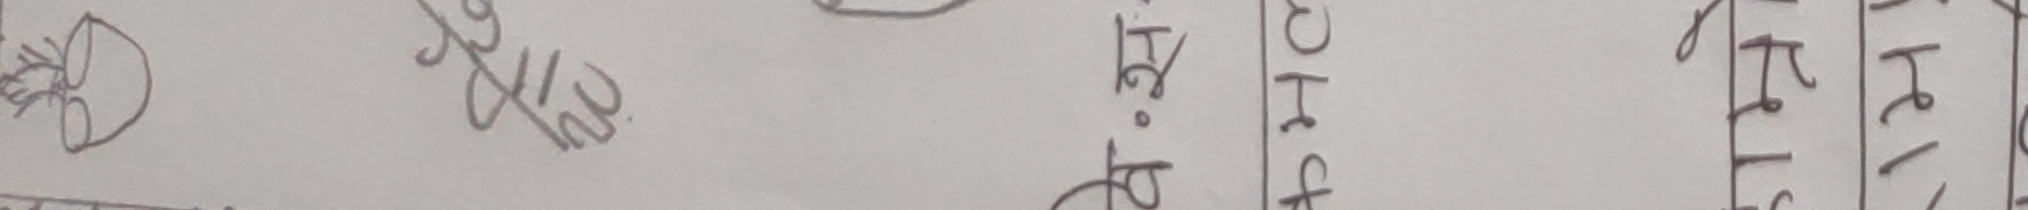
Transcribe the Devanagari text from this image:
आशीक